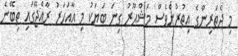
މި ދެތަރިންގެ އިތުރުންވެސް މަޝްޙޫރު ގިނަ ބަޔަކު މި އާއަހަރު ރާއްޖޭގައި ތިބޭނެ